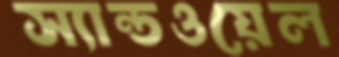
স্যান্ডওয়েল